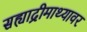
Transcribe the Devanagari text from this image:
सह्याद्रीमाथ्यावर